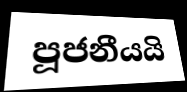
පූජනීයයි